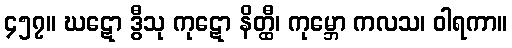
၄၅၇။ ဃဋော ဒွီသု ကုဋော နိတ္ထီ၊ ကုမ္ဘော ကလသ၊ ဝါရကာ။